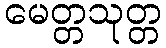
မေတ္တသုတ္တ